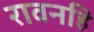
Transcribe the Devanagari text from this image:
रावनहि